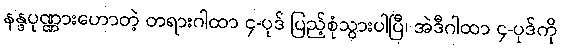
နန္ဒပုဏ္ဏားဟောတဲ့ တရားဂါထာ ၄-ပုဒ် ပြည့်စုံသွားပါပြီ၊ အဲဒီဂါထာ ၄-ပုဒ်ကို